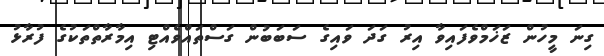
ގިނަ މީހުން ޒަޚަމްވެފައިވާ އިރު ގަދަ ވައިގެ ސަބަބުން ގަސްތައްވެއްޓި އިމާރާތްތަކުގެ ފުރާޅު